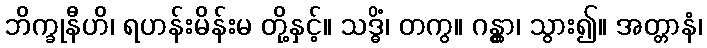
ဘိက္ခုနီဟိ၊ ရဟန်းမိန်းမ တို့နှင့်။ သဒ္ဓိံ၊ တကွ။ ဂန္တွာ၊ သွား၍။ အတ္တာနံ၊